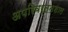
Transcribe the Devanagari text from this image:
अपरिवर्तनशाल